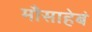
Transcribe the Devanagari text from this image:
माँसाहेबं